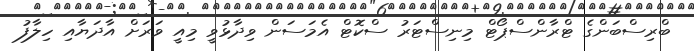
ބްރިސްބަންގެ ޓްރާންސްޕޯޓް މިނިސްޓަރު ސްކޮޓް އެމަސަން ވިދާޅުވީ މިއީ ވަރަށް އާދަޔާއި ހިލާފު